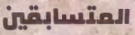
المتسابقين